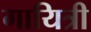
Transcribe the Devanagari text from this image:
गायित्री